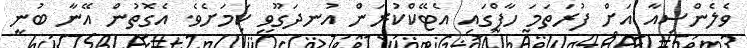
ވެލެންސިއާ އަށް ފުރަތަމަ ހާފްގައި އެޓޭކްކުރަން އުނދަގޫވި ކަމަށެވެ. އެގޮތުން އޭނާ ބުނީ